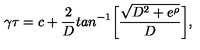
\gamma \tau = c + { \frac { 2 } { D } } t a n ^ { - 1 } \biggl [ { \frac { \sqrt { D ^ { 2 } + e ^ { \rho } } } { D } } \biggr ] ,